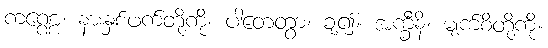
ကဏ္ဏေ၊ နားနှစ်ဖက်တို့ကို။ ပါတေတွာ၊ ချ၍။ အက္ခီနိ၊ မျက်စိတို့ကို။